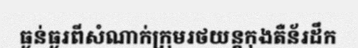
ធ្ងន់ធ្ងរពីសំណាក់ក្រុមរថយន្តកុងតឺន័រដឹក